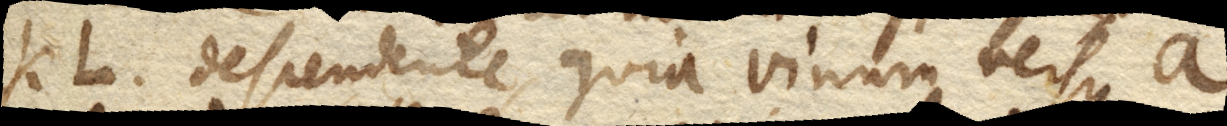
KL. descendente, quia vinum versus A.